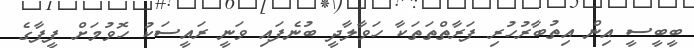
ބީބީސީ އިން އިތުބާރުހުރި ފަރާތްތަތަކާ ހަވާލާދީ ބުނެފައި ވަނީ ރައީސަކު ހޮވުމަށް ފީފާގެ